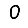
Digit: 0